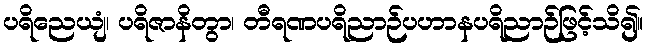
ပရိညေယျံ၊ ပရိဇာနိတွာ၊ တီရဏပရိညာဉ်ပဟာနပရိညာဉ်ဖြင့်သိ၍။